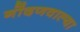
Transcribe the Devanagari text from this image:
गोंदणवाल्या